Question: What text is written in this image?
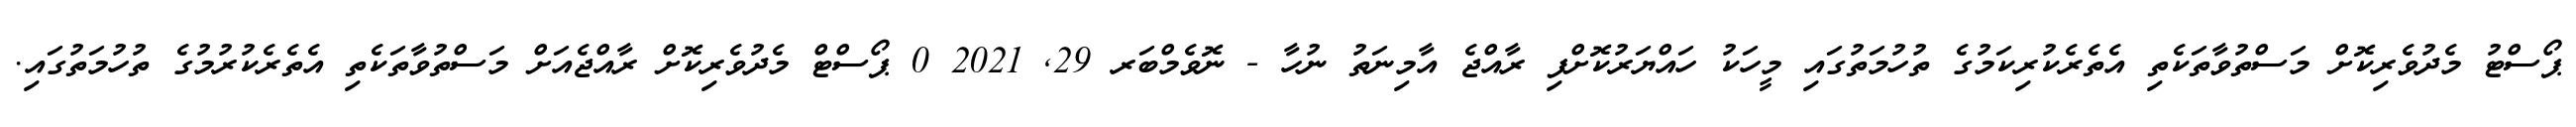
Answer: ޕޯސްޓު މެދުވެރިކޮށް މަސްތުވާތަކެތި އެތެރެކުރިކަމުގެ ތުހުމަތުގައި މީހަކު ހައްޔަރުކޮށްފި ރާއްޖެ އާމިނަތު ނުހާ - ނޮވެމްބަރ 29, 2021 0 ޕޯސްޓް މެދުވެރިކޮށް ރާއްޖެއަށް މަސްތުވާތަކެތި އެތެރެކުރުމުގެ ތުހުމަތުގައި.